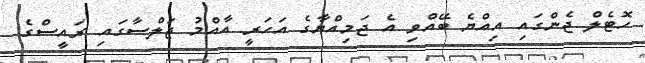
ހޮޓެލް ޖެންގައި އިއްޔެ ބޭއްވި އެ ޖަމިއްޔާގެ އަހަރީ އާއްމު ޖަލްސާގައި ރައީސްގެ